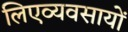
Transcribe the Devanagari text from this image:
लिएव्यवसायों